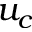
u _ { c }